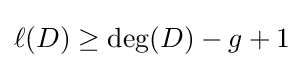
\ell (D)\geq \deg(D)-g+1